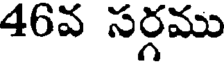
46వ సర్గము